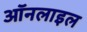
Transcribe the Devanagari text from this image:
ऑनलाइल